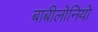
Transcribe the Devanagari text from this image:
बाबीलोनियो